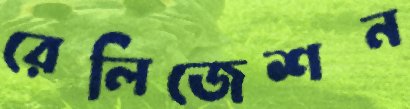
রেলিজেশন